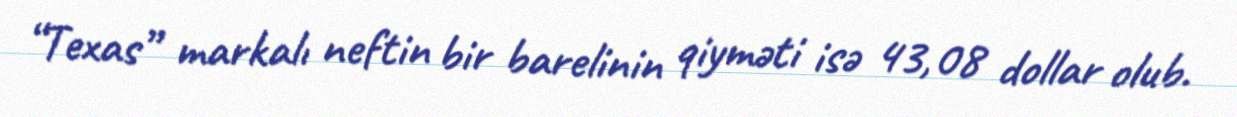
“Texas” markalı neftin bir barelinin qiyməti isə 43,08 dollar olub.